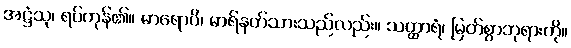
အဋ္ဌံသု၊ ရပ်ကုန်၏။ မာရောပိ၊ မာရ်နတ်သားသည်လည်း။ သတ္ထာရံ၊ မြတ်စွာဘုရားကို။